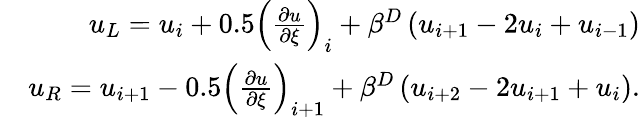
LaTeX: \begin{array}{r}{u_{L}=u_{i}+0.5\left(\frac{\partial u}{\partial\xi}\right)_{i}+\beta^{D}\left(u_{i+1}-2u_{i}+u_{i-1}\right)}\\ {\quad u_{R}=u_{i+1}-0.5\left(\frac{\partial u}{\partial\xi}\right)_{i+1}+\beta^{D}\left(u_{i+2}-2u_{i+1}+u_{i}\right).}\end{array}